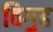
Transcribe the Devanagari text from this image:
विग॒ह